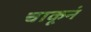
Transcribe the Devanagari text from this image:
चाकूनं